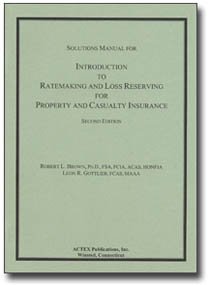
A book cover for Introduction to Ratemaking & Loss Reserving for Property & Casualty Insurance Solutions Manual; Ph.D., FCIA, ACAS, HONFIA Robert L. Brown; Business & Money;